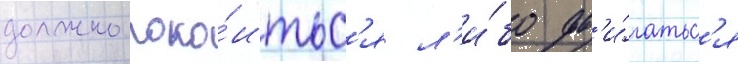
должно поко́итьс'я л'и́бо дв'и́гатьс'я